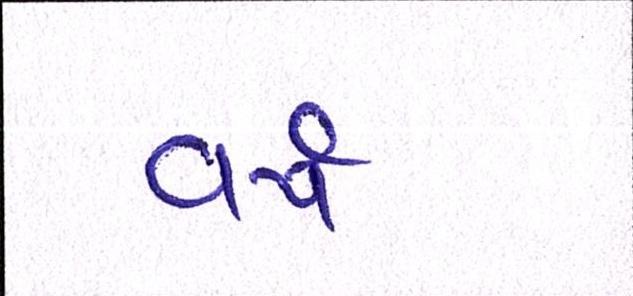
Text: વર્ષ